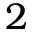
2